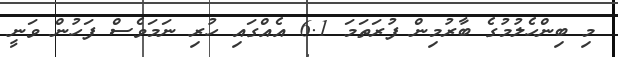
މި ބިންހެލުމުގެ ބާރުމިން ފުރަތަމަ 6.1 އެއްގައި ހުރި ނަމަވެސް ފަހުން ވަނީ